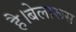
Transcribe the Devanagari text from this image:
है।बेलारूस